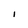
Character: I